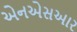
એનએસઆર